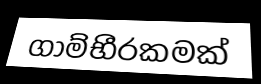
ගාම්භීරකමක්